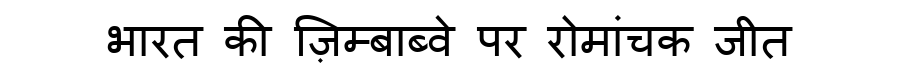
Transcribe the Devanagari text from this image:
भारत की ज़िम्बाब्वे पर रोमांचक जीत